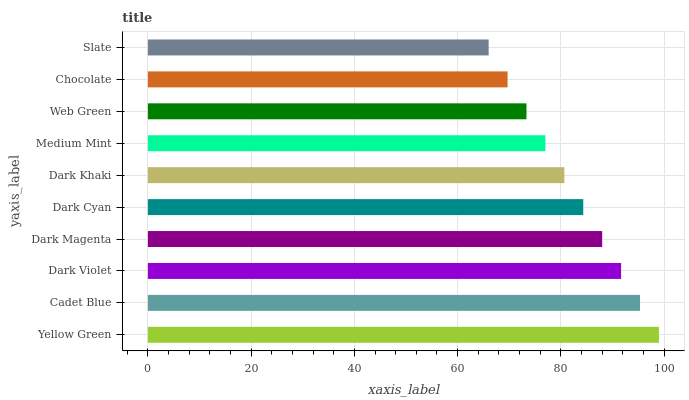
| yaxis_label | bars |
 | --- | --- |
 | Yellow Green | 99 |
 | Cadet Blue | 95.3 |
 | Dark Violet | 91.7 |
 | Dark Magenta | 88 |
 | Dark Cyan | 84.3 |
 | Dark Khaki | 80.7 |
 | Medium Mint | 77 |
 | Web Green | 73.3 |
 | Chocolate | 69.7 |
 | Slate | 66 |